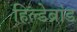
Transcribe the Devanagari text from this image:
हिल्डेब्रांड